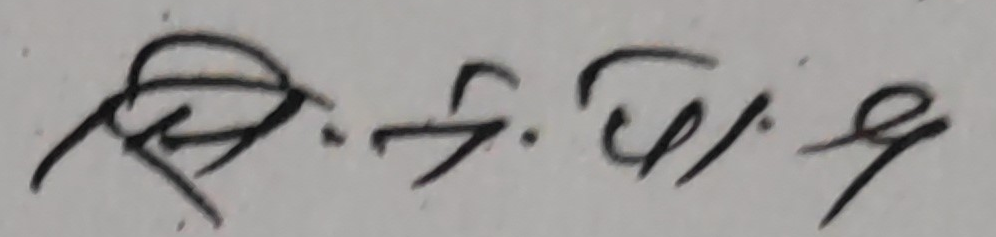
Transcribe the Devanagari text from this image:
मि. ५. टा/. ९